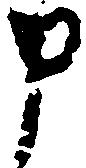
申